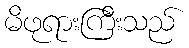
မိဖုရားကြီးသည်